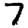
Digit: 7